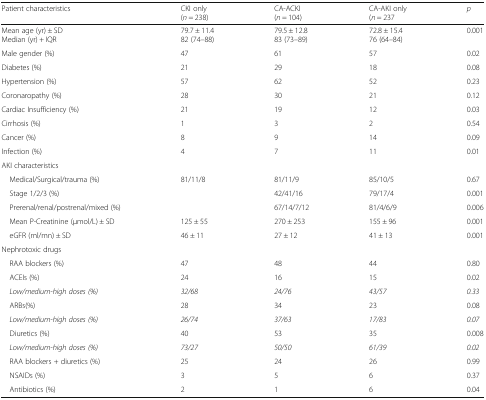
| Patient characteristics | CKI only(n = 238) | CA-ACKI(n = 104) | CA-AKI only (n = 237 | p |
 | --- | --- | --- | --- | --- |
 | Mean age (yr) ± SDMedian (yr) + IQR | 79.7 ± 11.482 (74–88) | 79.5 ± 12.883 (73–89) | 72.8 ± 15.476 (64–84) | 0.001 |
 | Male gender (%) | 47 | 61 | 57 | 0.02 |
 | Diabetes (%) | 21 | 29 | 18 | 0.08 |
 | Hypertension (%) | 57 | 62 | 52 | 0.23 |
 | Coronaropathy (%) | 28 | 30 | 21 | 0.12 |
 | Cardiac Insufficiency (%) | 21 | 19 | 12 | 0.03 |
 | Cirrhosis (%) | 1 | 3 | 2 | 0.54 |
 | Cancer (%) | 8 | 9 | 14 | 0.09 |
 | Infection (%) | 4 | 7 | 11 | 0.01 |
 | <COLSPAN=5> AKI characteristics |
 | Medical/Surgical/trauma (%) | 81/11/8 | 81/11/9 | 85/10/5 | 0.67 |
 | Stage 1/2/3 (%) |  | 42/41/16 | 79/17/4 | 0.001 |
 | Prerenal/renal/postrenal/mixed (%) |  | 67/14/7/12 | 81/4/6/9 | 0.006 |
 | Mean P-Creatinine (μmol/L) ± SD | 125 ± 55 | 270 ± 253 | 155 ± 96 | 0.001 |
 | eGFR (ml/mn) ± SD | 46 ± 11 | 27 ± 12 | 41 ± 13 | 0.001 |
 | <COLSPAN=5> Nephrotoxic drugs |
 | RAA blockers (%) | 47 | 48 | 44 | 0.80 |
 | ACEIs (%) | 24 | 16 | 15 | 0.02 |
 | Low/medium-high doses (%) | 32/68 | 24/76 | 43/57 | 0.33 |
 | ARBs(%) | 28 | 34 | 23 | 0.08 |
 | Low/medium-high doses (%) | 26/74 | 37/63 | 17/83 | 0.07 |
 | Diuretics (%) | 40 | 53 | 35 | 0.008 |
 | Low/medium-high doses (%) | 73/27 | 50/50 | 61/39 | 0.02 |
 | RAA blockers + diuretics (%) | 25 | 24 | 26 | 0.99 |
 | NSAIDs (%) | 3 | 5 | 6 | 0.37 |
 | Antibiotics (%) | 2 | 1 | 6 | 0.04 |